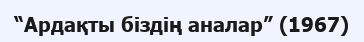
“Ардақты біздің аналар” (1967)